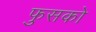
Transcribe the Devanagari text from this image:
फुसको